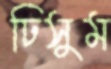
ঢিসুম